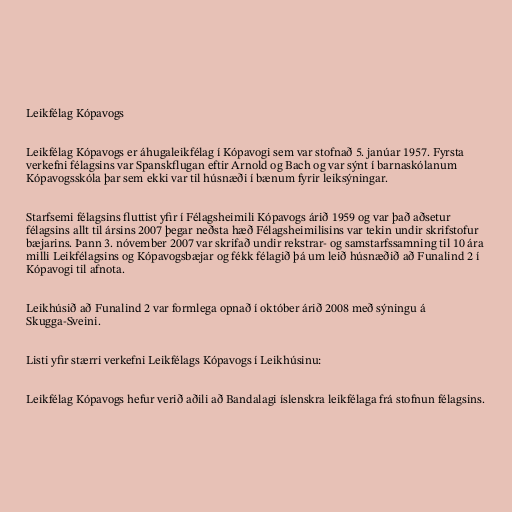
Leikfélag Kópavogs

Leikfélag Kópavogs er áhugaleikfélag í Kópavogi sem var stofnað 5. janúar 1957. Fyrsta
verkefni félagsins var Spanskflugan eftir Arnold og Bach og var sýnt í barnaskólanum
Kópavogsskóla þar sem ekki var til húsnæði í bænum fyrir leiksýningar.

Starfsemi félagsins fluttist yfir í Félagsheimili Kópavogs árið 1959 og var það aðsetur
félagsins allt til ársins 2007 þegar neðsta hæð Félagsheimilisins var tekin undir skrifstofur
bæjarins. Þann 3. nóvember 2007 var skrifað undir rekstrar- og samstarfssamning til 10 ára
milli Leikfélagsins og Kópavogsbæjar og fékk félagið þá um leið húsnæðið að Funalind 2 í
Kópavogi til afnota.

Leikhúsið að Funalind 2 var formlega opnað í október árið 2008 með sýningu á
Skugga-Sveini.

Listi yfir stærri verkefni Leikfélags Kópavogs í Leikhúsinu:

Leikfélag Kópavogs hefur verið aðili að Bandalagi íslenskra leikfélaga frá stofnun félagsins.